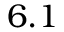
6 . 1